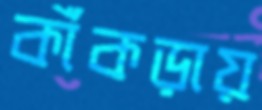
কাঁকড়ায়